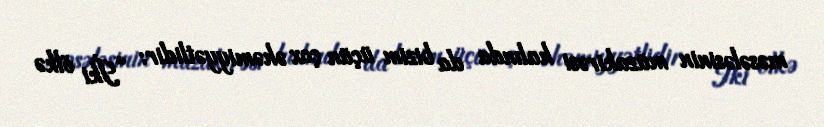
məsələsinin müzakirəsi halında da bizim üçün çox əhəmiyyətlidir: “İki ölkə